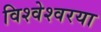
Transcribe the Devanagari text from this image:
विश्वेश्वरया